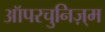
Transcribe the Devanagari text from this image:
ऑपरचुनिज़्म